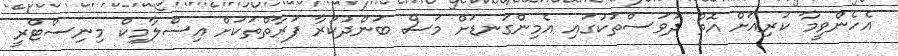
އެހެންވީމާ ކުރިއަށް އޮތް ދުވަސްތަކުގައި އެމިންގަނޑަށް މަސް ބަންދުކުރާ ފަރާތްތަކަށް އިސްލާމިކް މިނިސްޓްރީ